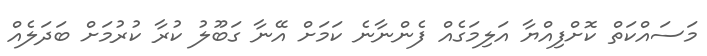
މަސައްކަތް ކޮށްފިއްޔާ އަލިމަގެއް ފެންނާނެ ކަމަށް އޭނާ ގަބޫލު ކުރާ ކުރުމަށް ބަދަލެއް